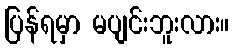
ပြန်ရမှာ မပျင်းဘူးလား။